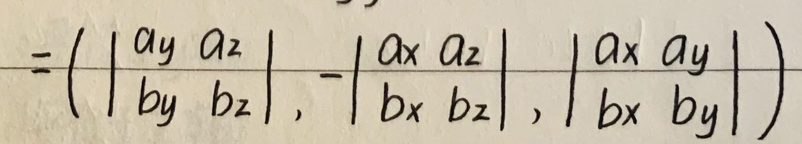
$=\left(\begin{vmatrix}
a_y & a_z \\
b_y & b_z
\end{vmatrix},-\begin{vmatrix}
a_x & a_z \\
b_x & b_z
\end{vmatrix},\begin{vmatrix}
a_x & a_y \\
b_x & b_y
\end{vmatrix}\right)$